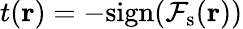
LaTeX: t(\textbf{r})=-{\mathrm{sign}}({\cal F}_{\textrm{s}}(\textbf{r}))